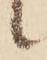
候